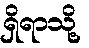
ရှိရာသို့